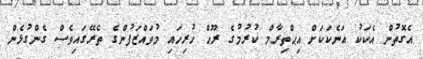
އެގޮތުން އެކަކު އަނެކަކަށް އިޙްތިރާމް ކުރުމުގެ ރޫޙް ހުރިހައި މުވައްޒަފުންގެ ތެރޭގައިވެސް ގެންގުޅެން